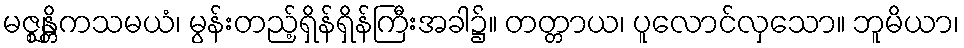
မဇ္ဈန္တိကသမယံ၊ မွန်းတည့်ရှိန်ရှိန်ကြီးအခါ၌။ တတ္တာယ၊ ပူလောင်လှသော။ ဘူမိယာ၊